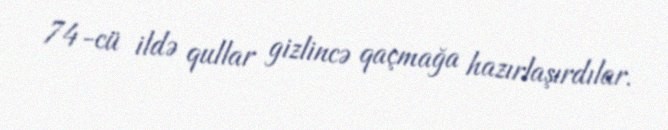
74-cü ildə qullar gizlincə qaçmağa hazırlaşırdılar.